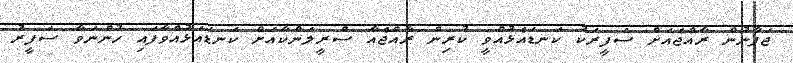
ޖަޕާނުން ރާއްޖެއަށް ސަފީރަކު ކަނޑައެޅުއްވީ ކުރިން ރާއްޖެއާ ސްރީލަންކާއަށް ކަނޑައަޅުއްވާފައި ހުންނަވާ ސަފީރު